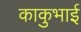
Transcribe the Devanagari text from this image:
काकुभाई